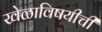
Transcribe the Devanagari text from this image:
खेळाविषयीची